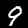
Label: 9